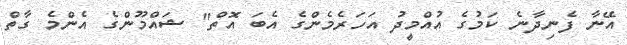
އޭނާ ފެނިދާނެ ކަމުގެ އުއްމީދު އަހަރެމެންގެ އެބަ އޮތް" ޝައްމޫންގެ އެންމެ ގާތް